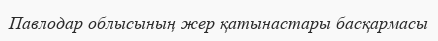
Павлодар облысының жер қатынастары басқармасы